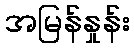
အမြန်နှုန်း